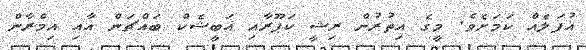
އުފަލެއް ކަމަށެވެ. މީގެ އިތުރުން ރިޝީ ކަޕޫރާއި އަބީޝެކް ބައްޗަން އާއި އިމްރާން